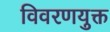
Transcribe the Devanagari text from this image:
विवरणयुक्त